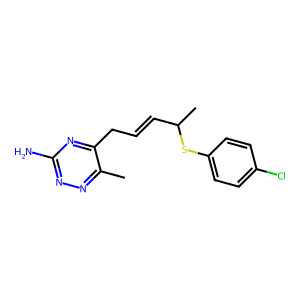
SMILES: Cc1nnc(N)nc1CC=CC(C)Sc1ccc(Cl)cc1
Inhibits HIV replication: No